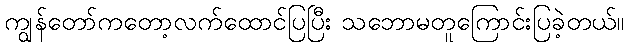
ကျွန်တော်ကတော့လက်ထောင်ပြပြီး သဘောမတူကြောင်းပြခဲ့တယ်။